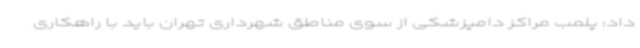
داد: پلمب مراکز دامپزشکی از سوی مناطق شهرداری تهران باید با راهکاری